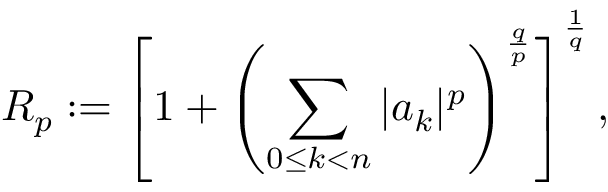
R _ { p } : = \left[ 1 + \left( \sum _ { 0 \leq k < n } | a _ { k } | ^ { p } \right) ^ { \frac { q } { p } } \right] ^ { \frac { 1 } { q } } ,